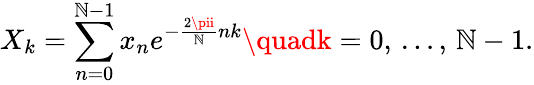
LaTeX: X_{k}=\sum_{n=0}^{\mathbb{N}-1}x_{n}e^{-{\frac{{2\pii}}{{\mathbb{N}}}}nk}\quadk=0,\, \dots,\, \mathbb{N}-1.